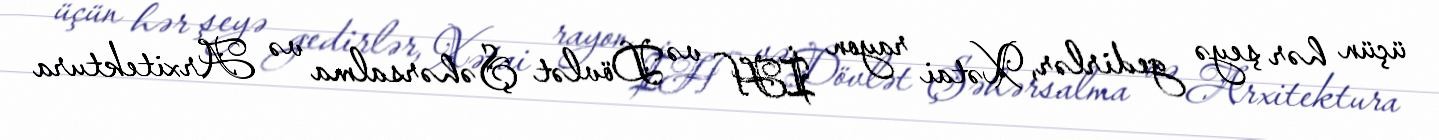
üçün hər şeyə gedirlər, Xətai rayon İH və Dövlət Şəhərsalma və Arxitektura